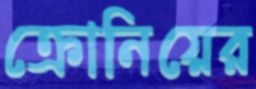
ক্রোনিয়ের